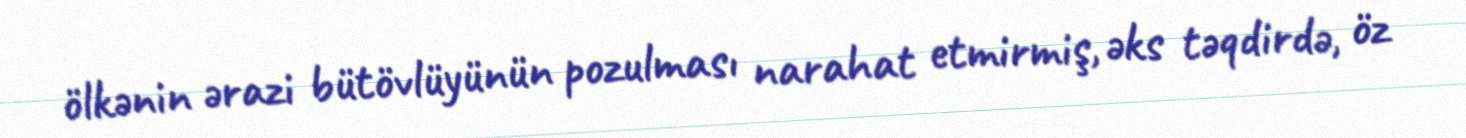
ölkənin ərazi bütövlüyünün pozulması narahat etmirmiş, əks təqdirdə, öz